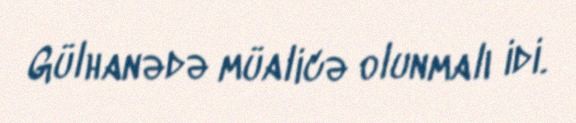
Gülhanədə müalicə olunmalı idi.